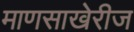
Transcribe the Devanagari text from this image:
माणसाखेरीज